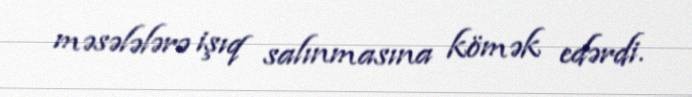
məsələlərə işıq salınmasına kömək edərdi.